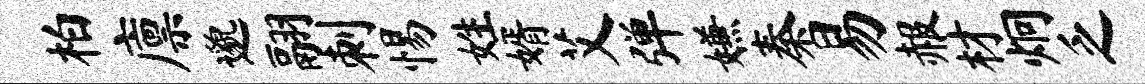
柏廪邈翮刺惕姓婿艾弹嫌秦易赧材炯乏